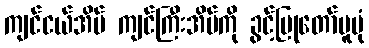
ကျင်ငယ်အိမ် ကျင်ကြီးအိမ်ကို ခွင့်ပြုတော်မူပုံ